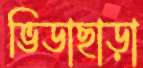
ভিডাছাড়া